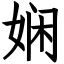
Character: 娴